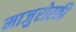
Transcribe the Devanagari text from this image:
माजुरोस्की